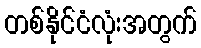
တစ်နိုင်ငံလုံးအတွက်